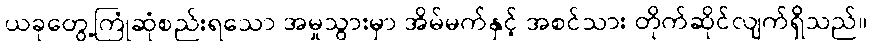
ယခုတွေ့ကြုံဆုံစည်းရသော အမှုသွားမှာ အိမ်မက်နှင့် အစင်သား တိုက်ဆိုင်လျက်ရှိသည်။